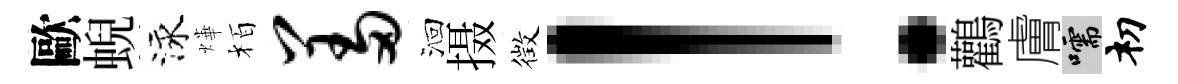
歐蜺泳燁栢羞洄摄徴！鸛膚嚅𥘉